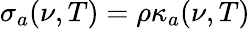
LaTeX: \sigma_{a}(\nu,T)=\rho\kappa_{a}(\nu,T)